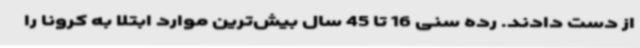
از دست دادند. رده سنی 16 تا 45 سال بیش‌ترین موارد ابتلا به کرونا را